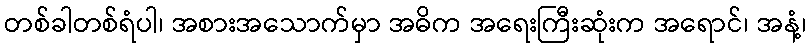
တစ်ခါတစ်ရံပါ၊ အစားအသောက်မှာ အဓိက အရေးကြီးဆုံးက အရောင်၊ အနံ့၊